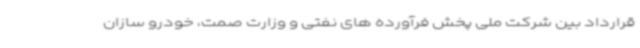
قرارداد بین شرکت ملی پخش فرآورده های نفتی و وزارت صمت، خودرو سازان